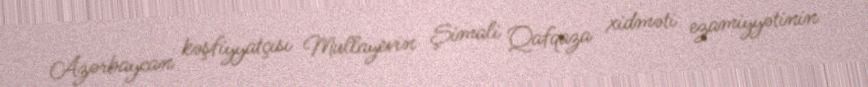
Azərbaycan kəşfiyyatçısı Mullayevin Şimali Qafqaza xidməti ezamiyyətinin